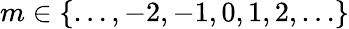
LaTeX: m\in\{ \ldots,-2,-1,0,1,2,\ldots\}